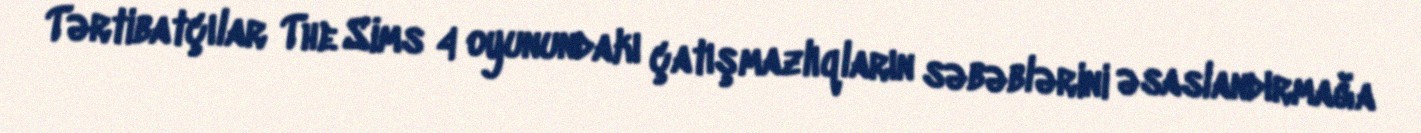
Tərtibatçılar The Sims 4 oyunundakı çatışmazlıqların səbəblərini əsaslandırmağa